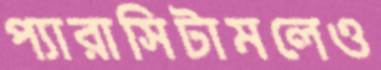
প্যারাসিটামলেও